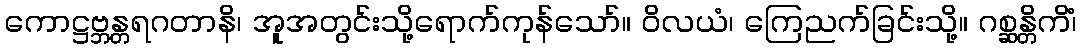
ကောဋ္ဌဗ္ဘန္တရဂတာနိ၊ အူအတွင်းသို့ရောက်ကုန်သော်။ ဝိလယံ၊ ကြေညက်ခြင်းသို့။ ဂစ္ဆန္တိကိံ၊